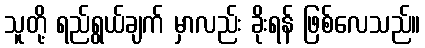
သူတို့ ရည်ရွယ်ချက် မှာလည်း ခိုးရန် ဖြစ်လေသည်။